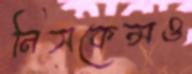
নিসকেন্সও